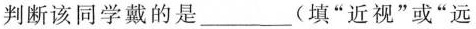
判断该同学戴的是___(填”近视”或”远